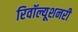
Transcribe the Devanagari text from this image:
रिवॉल्यूशनरी